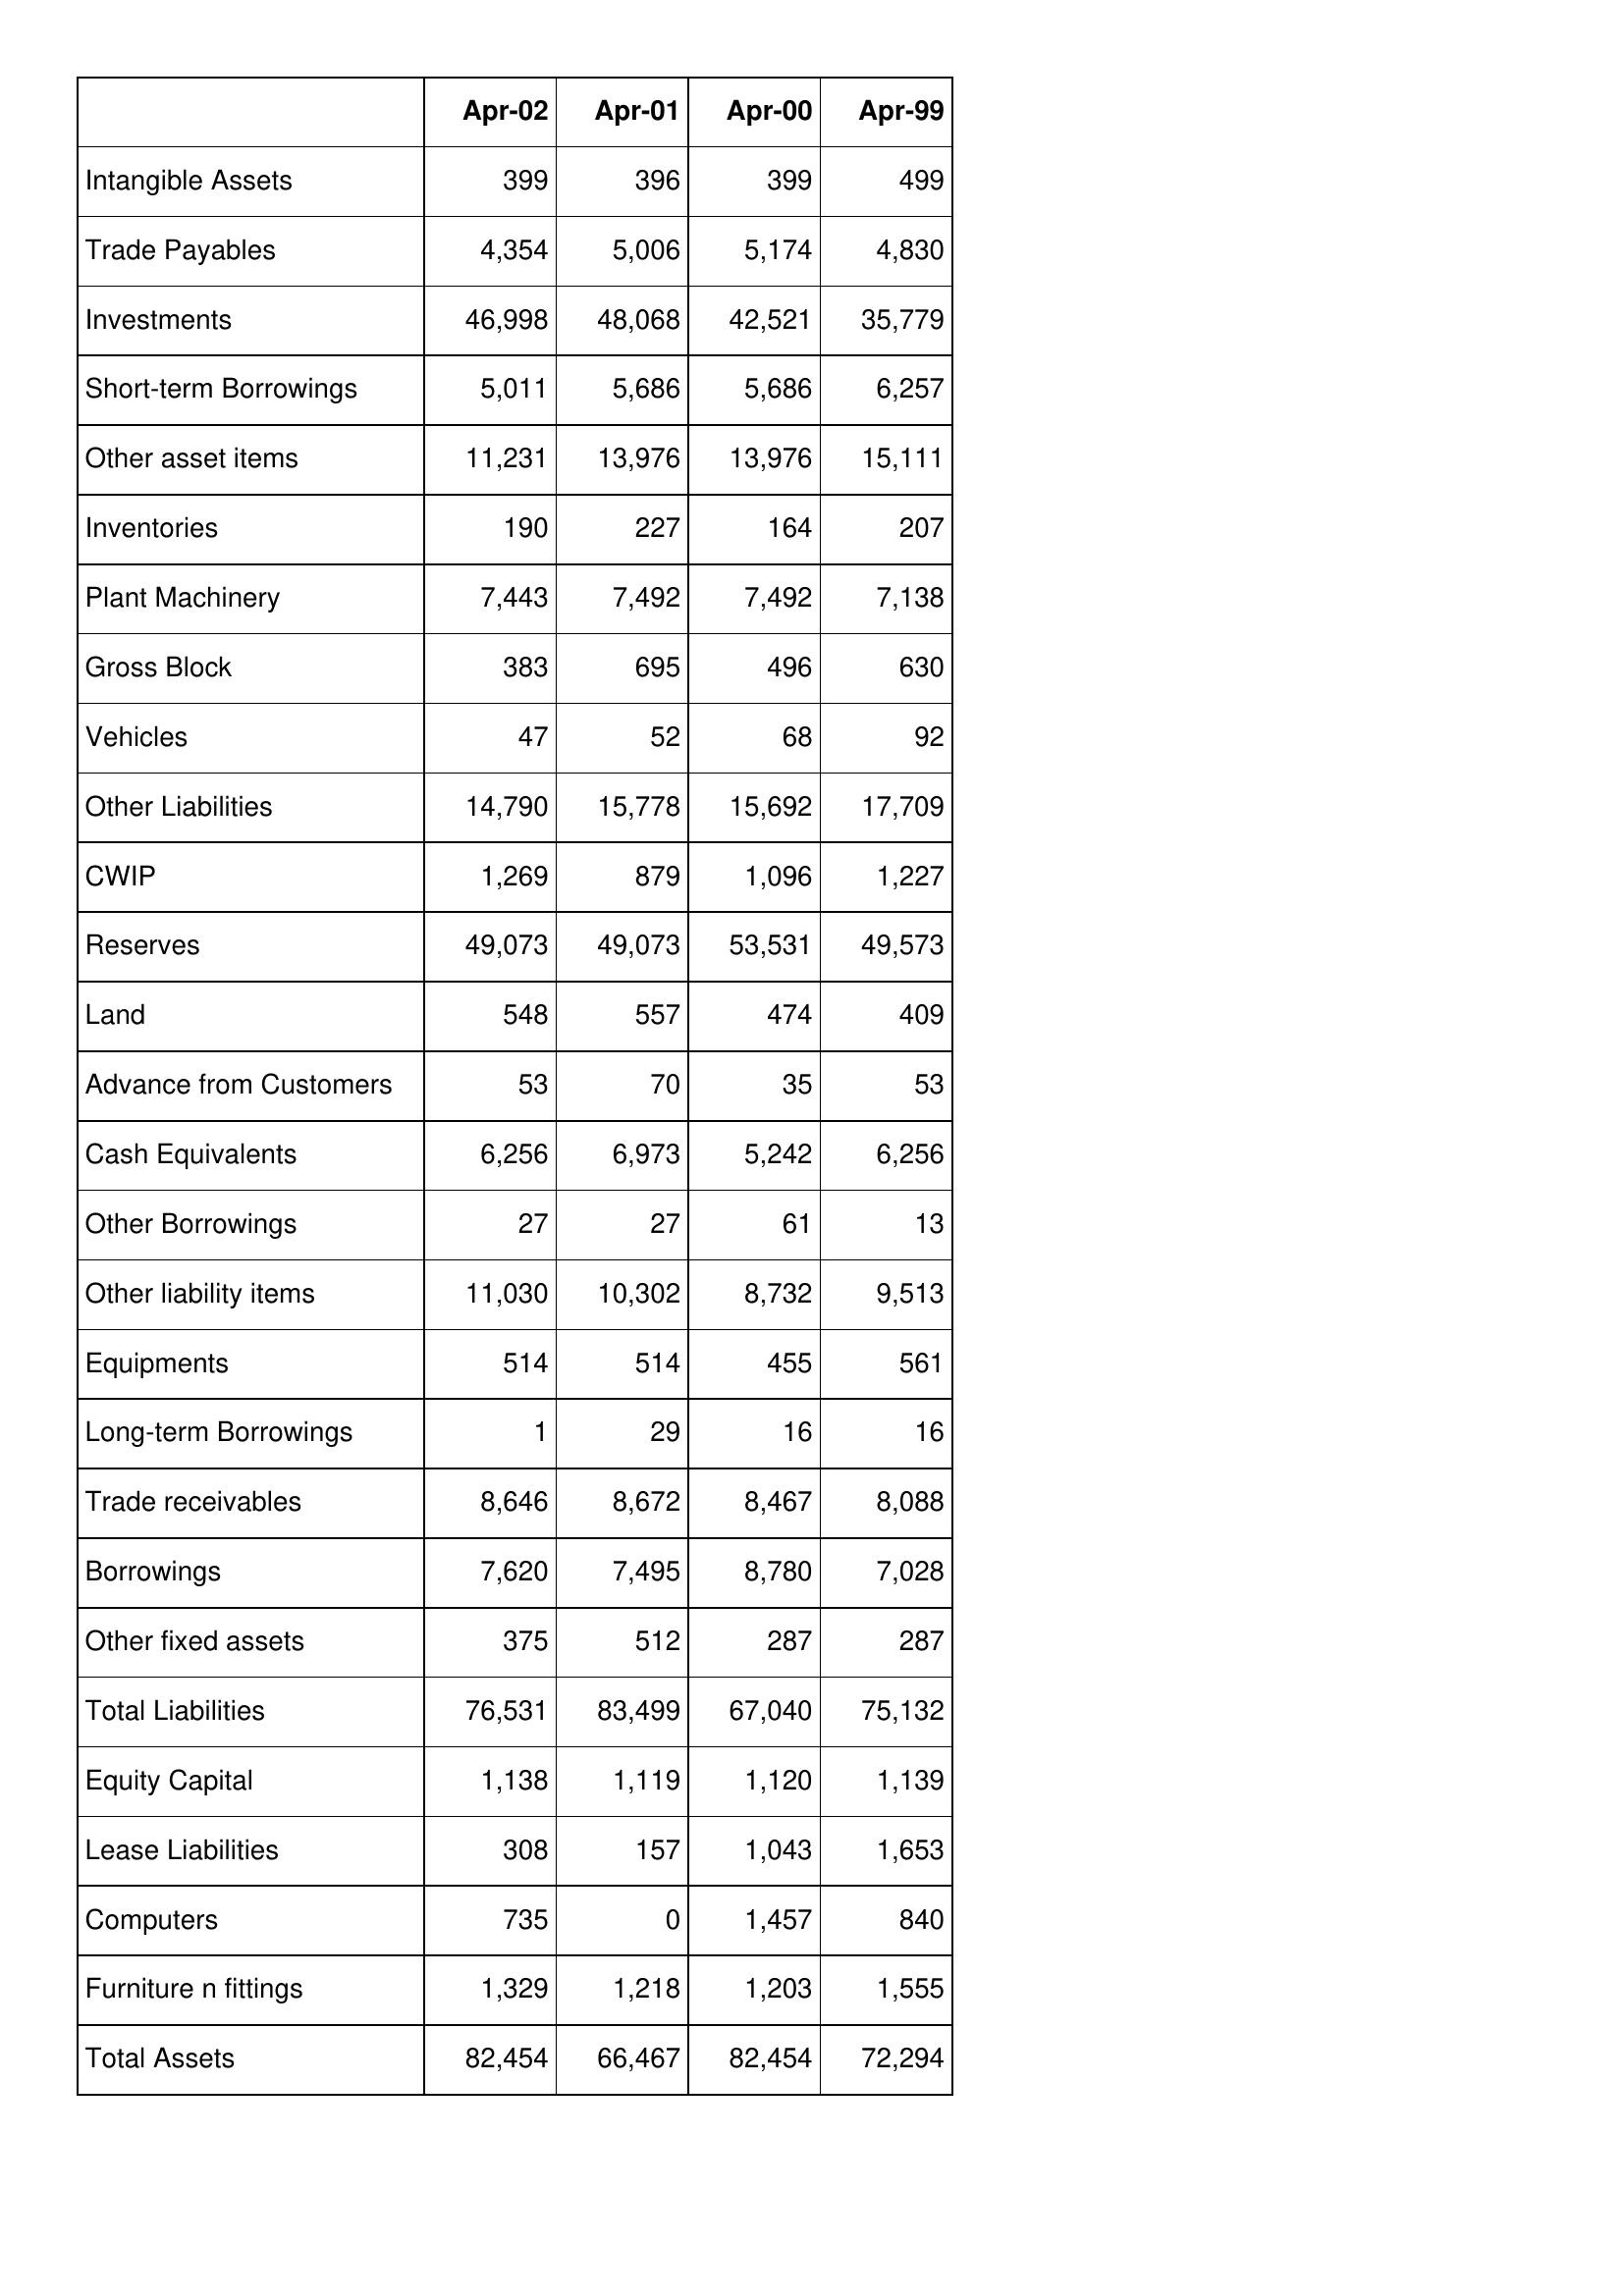
Apr-02: Balance Sheet: Intangible Assets: 399
Trade Payables: 4,354
Investments: 46,998
Short-term Borrowings: 5,011
Other asset items: 11,231
Inventories: 190
Plant Machinery: 7,443
Gross Block: 383
Vehicles: 47
Other Liabilities: 14,790
CWIP: 1,269
Reserves: 49,073
Land: 548
Advance from Customers: 53
Cash Equivalents: 6,256
Other Borrowings: 27
Other liability items: 11,030
Equipments: 514
Long-term Borrowings: 1
Trade receivables: 8,646
Borrowings: 7,620
Other fixed assets: 375
Total Liabilities: 76,531
Equity Capital: 1,138
Lease Liabilities: 308
Computers: 735
Furniture n fittings: 1,329
Total Assets: 82,454
Apr-01: Balance Sheet: Intangible Assets: 396
Trade Payables: 5,006
Investments: 48,068
Short-term Borrowings: 5,686
Other asset items: 13,976
Inventories: 227
Plant Machinery: 7,492
Gross Block: 695
Vehicles: 52
Other Liabilities: 15,778
CWIP: 879
Reserves: 49,073
Land: 557
Advance from Customers: 70
Cash Equivalents: 6,973
Other Borrowings: 27
Other liability items: 10,302
Equipments: 514
Long-term Borrowings: 29
Trade receivables: 8,672
Borrowings: 7,495
Other fixed assets: 512
Total Liabilities: 83,499
Equity Capital: 1,119
Lease Liabilities: 157
Computers: 0
Furniture n fittings: 1,218
Total Assets: 66,467
Apr-00: Balance Sheet: Intangible Assets: 399
Trade Payables: 5,174
Investments: 42,521
Short-term Borrowings: 5,686
Other asset items: 13,976
Inventories: 164
Plant Machinery: 7,492
Gross Block: 496
Vehicles: 68
Other Liabilities: 15,692
CWIP: 1,096
Reserves: 53,531
Land: 474
Advance from Customers: 35
Cash Equivalents: 5,242
Other Borrowings: 61
Other liability items: 8,732
Equipments: 455
Long-term Borrowings: 16
Trade receivables: 8,467
Borrowings: 8,780
Other fixed assets: 287
Total Liabilities: 67,040
Equity Capital: 1,120
Lease Liabilities: 1,043
Computers: 1,457
Furniture n fittings: 1,203
Total Assets: 82,454
Apr-99: Balance Sheet: Intangible Assets: 499
Trade Payables: 4,830
Investments: 35,779
Short-term Borrowings: 6,257
Other asset items: 15,111
Inventories: 207
Plant Machinery: 7,138
Gross Block: 630
Vehicles: 92
Other Liabilities: 17,709
CWIP: 1,227
Reserves: 49,573
Land: 409
Advance from Customers: 53
Cash Equivalents: 6,256
Other Borrowings: 13
Other liability items: 9,513
Equipments: 561
Long-term Borrowings: 16
Trade receivables: 8,088
Borrowings: 7,028
Other fixed assets: 287
Total Liabilities: 75,132
Equity Capital: 1,139
Lease Liabilities: 1,653
Computers: 840
Furniture n fittings: 1,555
Total Assets: 72,294